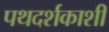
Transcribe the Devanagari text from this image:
पथदर्शकाशी